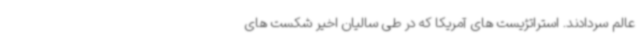
عالم سردادند. استراتژیست های آمریکا که در طی سالیان اخیر شکست های